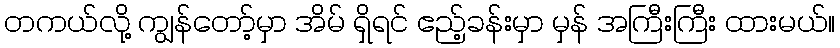
တကယ်လို့ ကျွန်တော့်မှာ အိမ် ရှိရင် ဧည့်ခန်းမှာ မှန် အကြီးကြီး ထားမယ်။